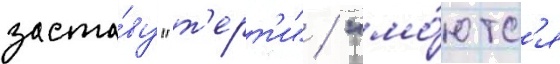
заста́ву "т'ерт'и" / "мо́ютс'я